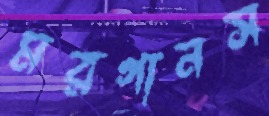
মরগানস